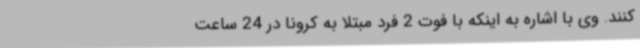
کنند. وی با اشاره به اینکه با فوت 2 فرد مبتلا به کرونا در 24 ساعت